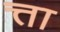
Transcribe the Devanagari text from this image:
त्ता